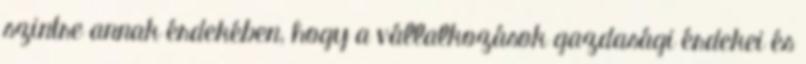
szintre annak érdekében, hogy a vállalkozások gazdasági érdekei és